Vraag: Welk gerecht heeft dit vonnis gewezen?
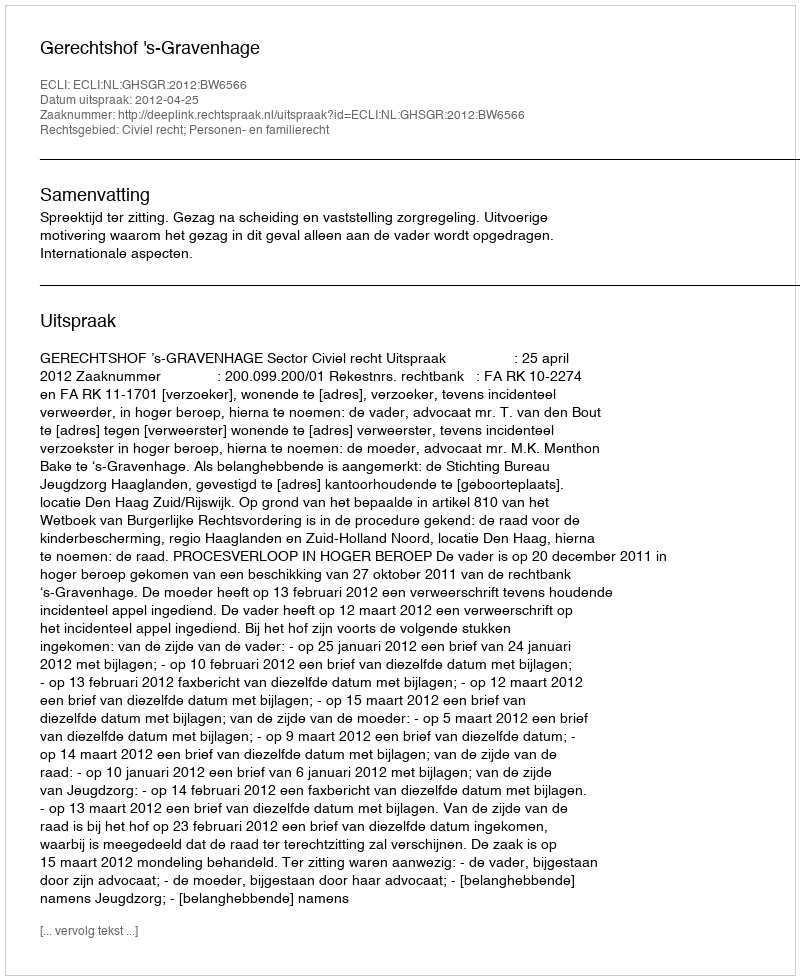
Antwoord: Gerechtshof 's-Gravenhage